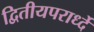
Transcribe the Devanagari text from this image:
द्वितीयपरार्ध्दे